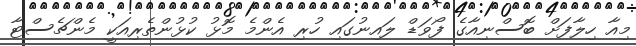
މިއާ ހިލާފަށް ބޮސްނިއާގެ ފޯވަޑް ލައިނުގައި ހުރި އެންމެ މޮޅު ކުޅުންތެރިއަކީ މެންޗެސްޓާ